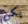
يكن